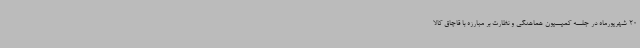
20 شهریورماه در جلسه کمیسیون هماهنگی و نظارت بر مبارزه با قاچاق کالا